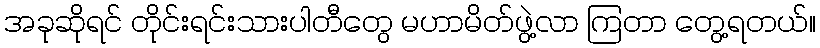
အခုဆိုရင် တိုင်းရင်းသားပါတီတွေ မဟာမိတ်ဖွဲ့လာ ကြတာ တွေ့ရတယ်။